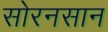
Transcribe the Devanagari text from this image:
सोरनसान